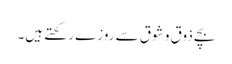
بچے ذوق و شوق سے روزے رکھتے ہیں۔